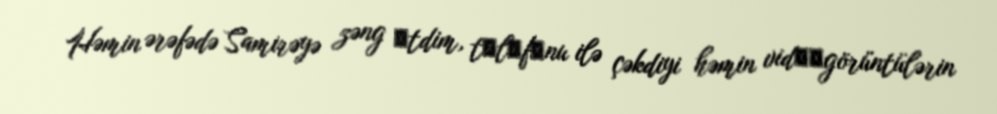
Həmin ərəfədə Samirəyə zəng еtdim, tеlеfоnu ilə çəkdiyi həmin vidеоgörüntülərin